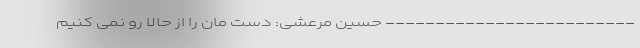
------------------------- حسین مرعشی: دست مان را از حالا رو نمی کنیم